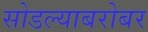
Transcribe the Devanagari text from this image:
सोडल्याबरोबर